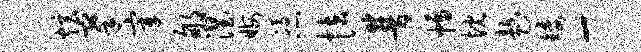
炫搴宰郇涅晦凭怯普幅忱趁矮-